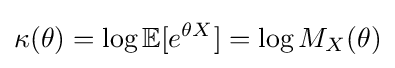
\kappa (\theta )=\log \mathbb {E} [e^{\theta X}]=\log M_{X}(\theta )